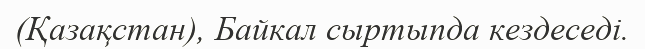
(Қазақстан), Байкал сыртыпда кездеседі.